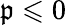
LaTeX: \mathfrak{p}\leqslant0